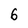
Character: 6